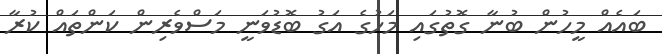
ބައެއް މީހުން ބުނާ ގޮތުގައި މަހުގެ އަގު ބޮޑުވަނީ މަސްވެރިން ކަންތައް ކުރާ